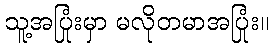
သူ့အပြုံးမှာ မလိုတမာအပြုံး။